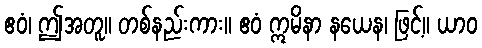
ဧဝံ၊ ဤအတူ။ တစ်နည်းကား။ ဧဝံ ဣမိနာ နယေန၊ ဖြင့်။ ယာဝ